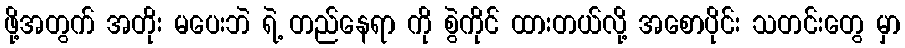
ဖို့အတွက် အတိုး မပေးဘဲ ရဲ့ တည်နေရာ ကို စွဲကိုင် ထားတယ်လို့ အစောပိုင်း သတင်းတွေ မှာ